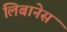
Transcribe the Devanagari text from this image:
लिबानेस